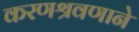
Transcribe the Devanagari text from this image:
करणश्रवणाने